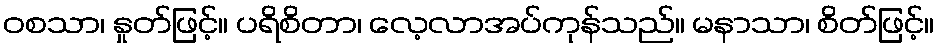
ဝစသာ၊ နှုတ်ဖြင့်။ ပရိစိတာ၊ လေ့လာအပ်ကုန်သည်။ မနာသာ၊ စိတ်ဖြင့်။